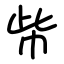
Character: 㠿